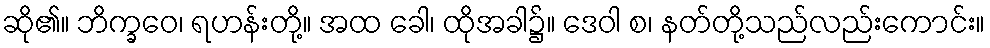
ဆို၏။ ဘိက္ခဝေ၊ ရဟန်းတို့။ အထ ခေါ၊ ထိုအခါ၌။ ဒေဝါ စ၊ နတ်တို့သည်လည်းကောင်း။